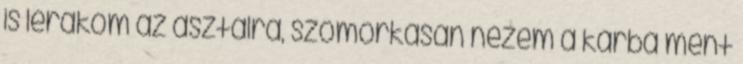
is lerakom az asztalra, szomorkásan nézem a kárba ment